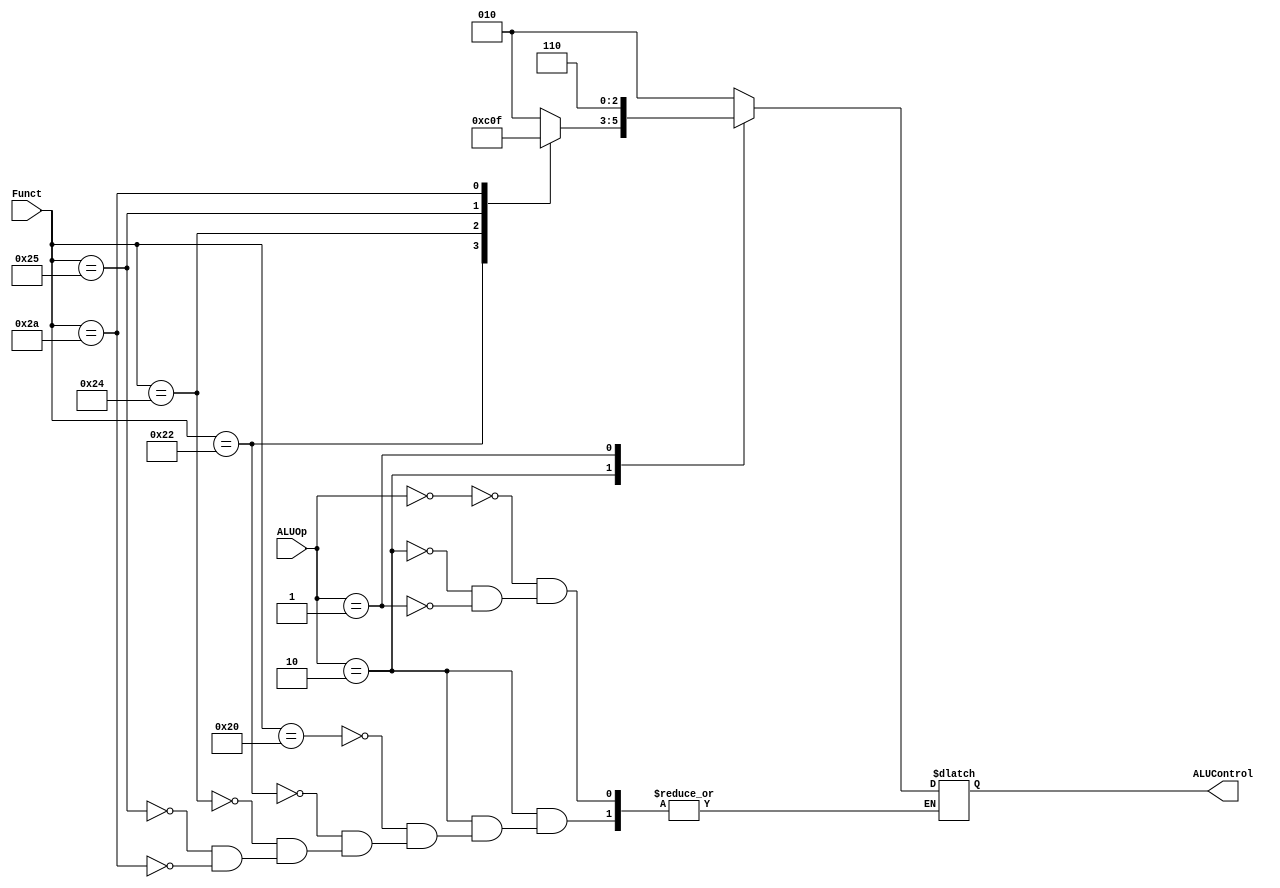
/*

	File name    : 
	LastEditors  : H
	LastEditTime : 2021-10-29 19:33:47
	Last Version : 1.0
	Description  : 
	
	----------------------------------------------------------------------------------------
	
	Author       : H
	Date         : 2021-10-29 19:33:45
	FilePath     : \MIPS_Single_Cycle\ALU_Control_Unit.v
	Copyright 2021 H, All Rights Reserved. 

*/
module ALU_Control_Unit(
    // System Clock

    // User Interface
    input       [5:0]   Funct,
    input       [1:0]   ALUOp,
    output  reg [2:0]   ALUControl
);

    always @(*) begin
        case (ALUOp)
            2'b00: ALUControl = 3'b010;
            2'b10: begin
                case (Funct)
                    6'b100000 : ALUControl = 3'b010;
                    6'b100010 : ALUControl = 3'b110;
                    6'b100100 : ALUControl = 3'b000;
                    6'b100101 : ALUControl = 3'b001;
                    6'b101010 : ALUControl = 3'b111;
                endcase
            end
            2'b01: ALUControl = 3'b110;
            default: ;
        endcase
    end


endmodule